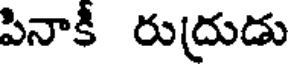
పినాకీ రుద్రుడు